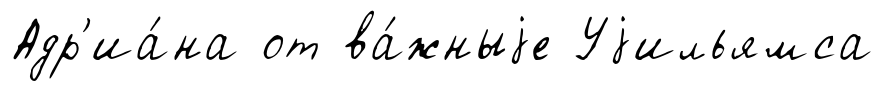
Адр'иа́на от ва́жныjе Уjильямса